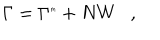
LaTeX: \Gamma = \Gamma ^ { \tiny { m } } + N W ,